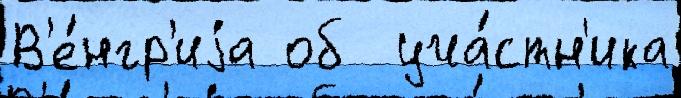
В'е́нгр'иjа об  уча́стн'ика